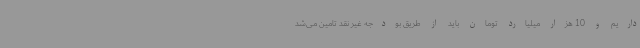
داریم و 10 هزار میلیارد تومان باید از طریق بودجه غیر نقد تامین می‌شد